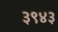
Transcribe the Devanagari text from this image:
३९४३